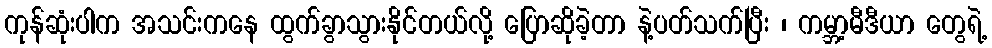
ကုန်ဆုံးပါက အသင်းကနေ ထွက်ခွာသွားနိုင်တယ်လို့ ပြောဆိုခဲ့တာ နဲ့ပတ်သက်ပြီး ၊ ကမ္ဘာ့မီဒီယာ တွေရဲ့